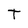
Character: T